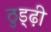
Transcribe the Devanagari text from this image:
ठुड्ढ़ी